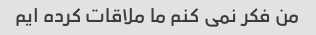
من فکر نمی کنم ما ملاقات کرده ایم